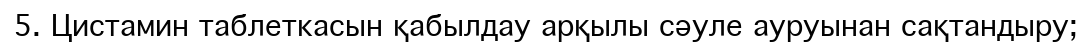
5. Цистамин таблеткасын қабылдау арқылы сәуле ауруынан сақтандыру;